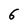
Character: 6